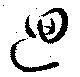
迴